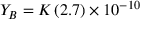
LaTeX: Y _ { B } = { \cal K } \left( 2 . 7 \right) \times 1 0 ^ { - 1 0 }